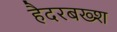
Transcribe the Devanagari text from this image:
हैदरबख्श